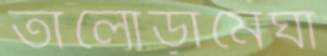
তালোড়ামেঘা